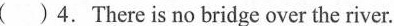
( ) 4.There is no bridge over the river.